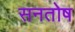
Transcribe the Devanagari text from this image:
सनतोष